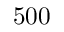
5 0 0